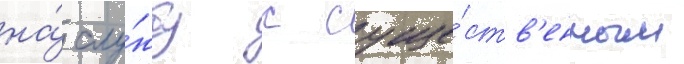
на́ слу́жбу с суще́ств'енным